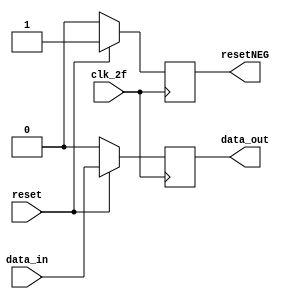
module flopClock (
                      input       data_in,
                      output reg  data_out,
                      input            clk_2f,
                      input            reset,
                      output reg resetNEG
                      );

   always @ (posedge clk_2f) begin
      if (!reset) begin
         data_out <= 0;
         resetNEG <=0;

      end else begin
         data_out <= data_in;
         resetNEG <= reset;
      end
   end

endmodule